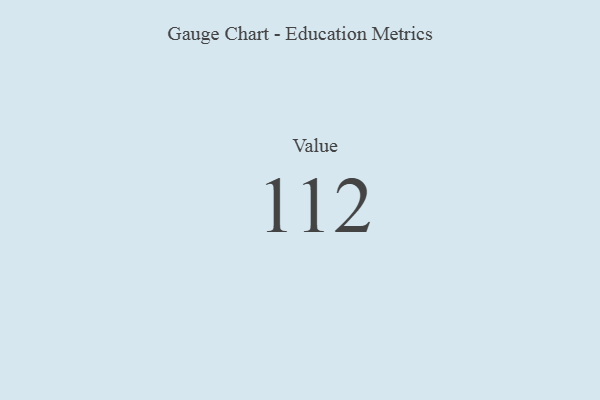
{"axis": {"x": "Metric", "y": "Value"}, "legend": [""], "data": [{"x": "Value", "y": 112, "type": ""}]}